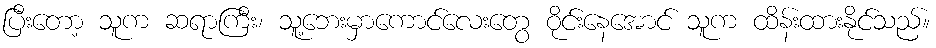
ပြီးတော့ သူက ဆရာကြီး၊ သူ့ဘေးမှာကောင်လေးတွေ ဝိုင်းနေအောင် သူက ထိန်းထားနိုင်သည်။